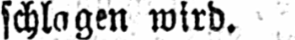
schlagen wird.